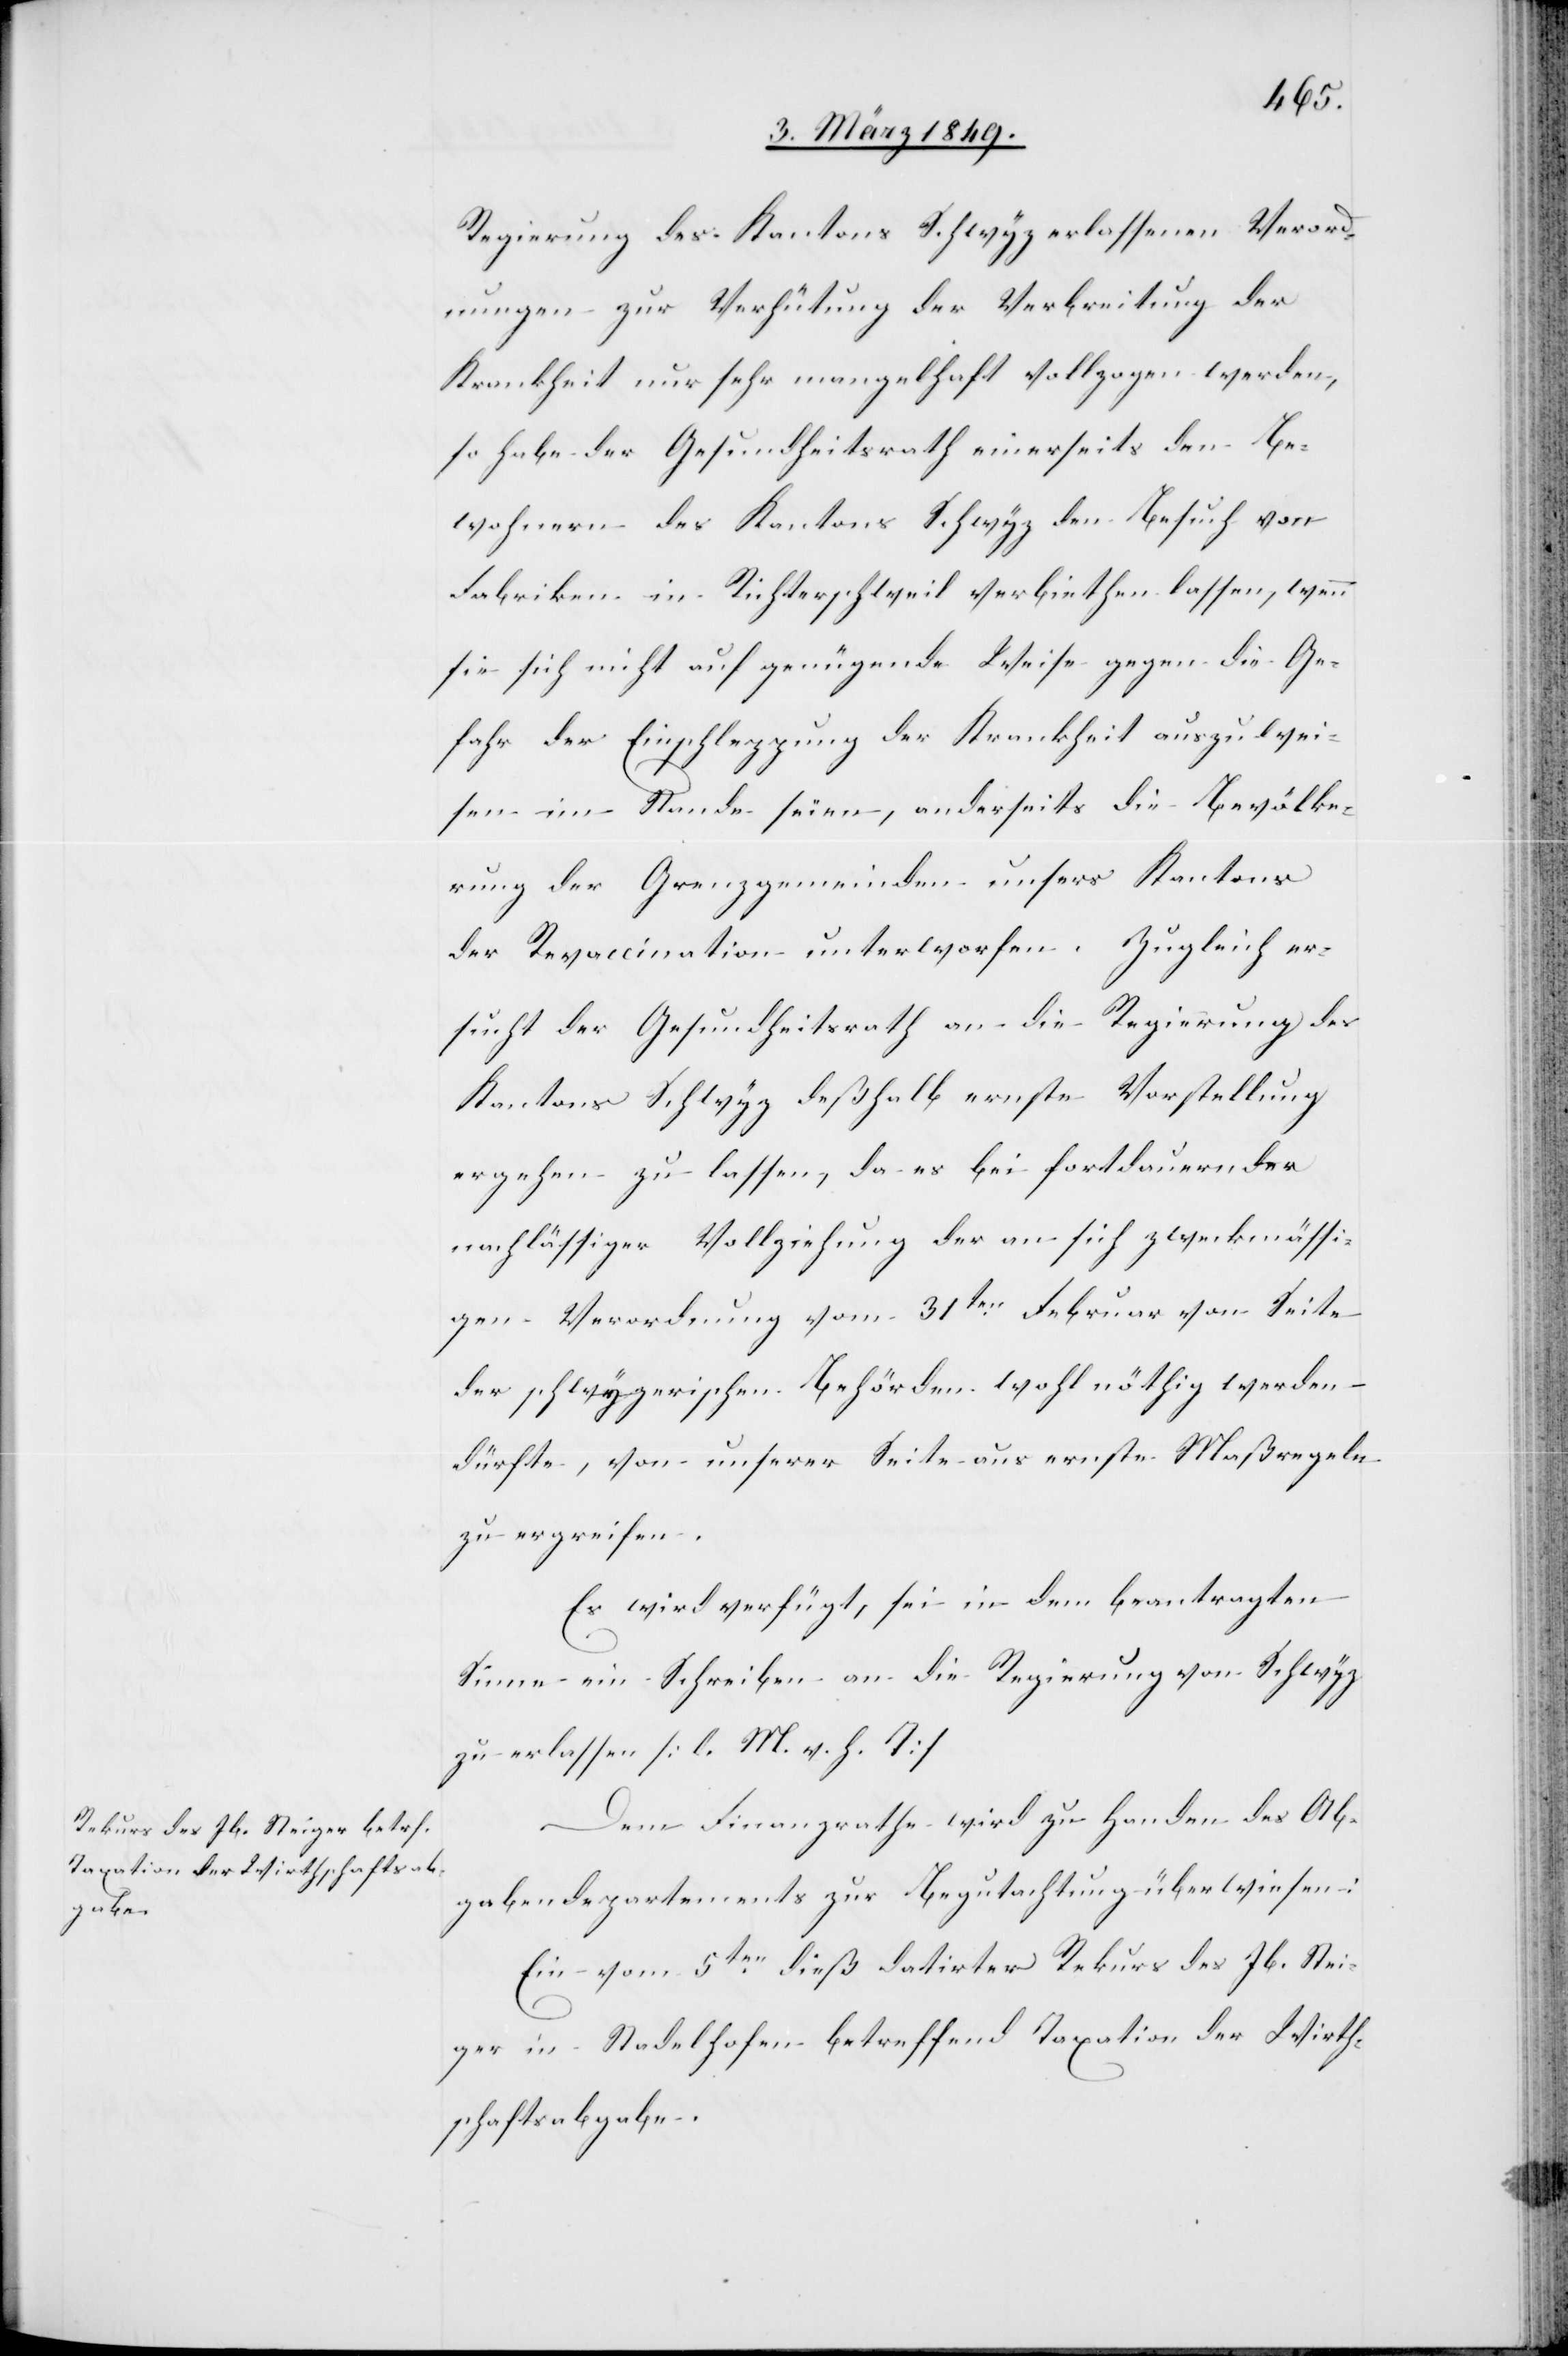
8. März 1849.]
Regierung des Kantons Schwyz erlassenen Verord¬
nungen zur Verhütung der Verbreitung der
Krankheit nur sehr mangelhaft vollzogen werden,
so habe der Gesundheitsrath einerseits den Be¬
wohnern des Kantons Schwyz den Besuch von
Fabriken in Richterschweil verbiethen lassen, wenn
sie sich nicht auf genügende Weise gegen die Ge¬
fahr der Einschleppung der Krankheit auszuwei¬
sen im Stande seien [sic!], anderseits die Bevölke¬
rung der Grenzgemeinden unsers Kantons
der Revaccination unterworfen. Zugleich er¬
sucht der Gesundheitsrath an die Regierung des
Kantons Schwyz deßhalb ernste Vorstellung
ergehen zu lassen, da es bei fortdauernder
nachlässiger Vollziehung der an sich zweckmässi¬
gen Verordnung vom 31ten. Februar von Seite
der schwyzerischen Behörden wohl nöthig werden
dürfte, von unserer Seite aus ernste Maßregeln
zu ergreifen.
Es wird verfügt, sei in dem beantragten
Sinne ein Schreiben an die Regierung von Schwyz
zu erlassen [l. M. v. h. T]
Dem Finanzrathe wird zu Handen des Ab¬
gabendepartements zur Begutachtung überwiesen:
Ein vom 5ten. dieß datirter Rekurs des Jb. Stei¬
ger in Stadelhofen betreffend Taxation der Wirth¬
schaftsabgabe.